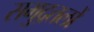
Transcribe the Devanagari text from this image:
समुद्रतलों